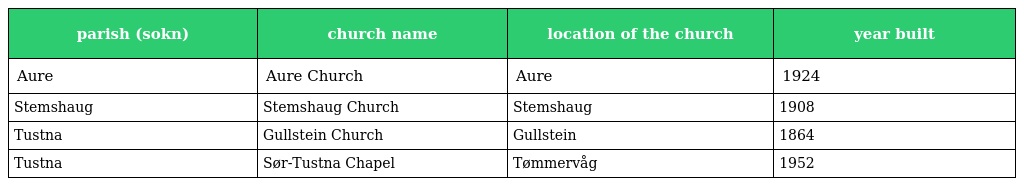
| parish (sokn) | church name | location of the church | year built |
 | --- | --- | --- | --- |
 | Aure | Aure Church | Aure | 1924 |
 | Stemshaug | Stemshaug Church | Stemshaug | 1908 |
 | Tustna | Gullstein Church | Gullstein | 1864 |
 | Tustna | Sør-Tustna Chapel | Tømmervåg | 1952 |